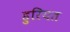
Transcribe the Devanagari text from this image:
हुरियत